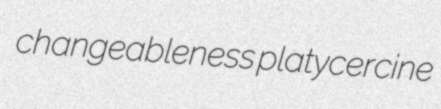
changeableness platycercine